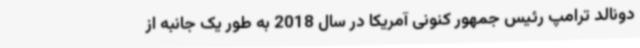
دونالد ترامپ رئیس جمهور کنونی آمریکا در سال 2018 به طور یک جانبه از